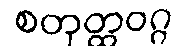
စတုတ္ထဝဂ္ဂ